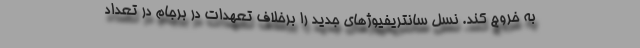
به خروج کند. نسل سانتریفیوژهای جدید را برخلاف تعهدات در برجام در تعداد